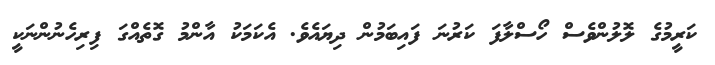
ކަރީމުގެ ލޮލުންވެސް ހޯސްލާފަ ކަރުނަ ފައިބަމުން ދިޔައެވެ. އެކަމަކު އާންމު ގޮތެއްގަ ފިރިހެނުންނަކީ